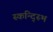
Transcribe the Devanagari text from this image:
स्कन्द्स्भि